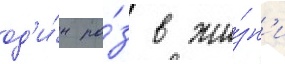
од'и́н ра́з в жи́зн'и